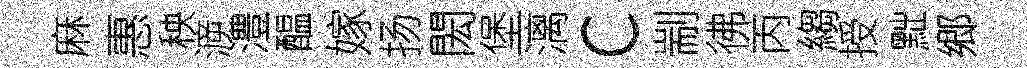
麻惠秧㴑澧醖嫁扬閎堡漓c剬彿丙縐授黜郷